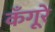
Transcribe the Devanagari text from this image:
कँगूरे